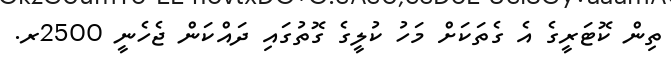
ތިން ކޮޓަރީގެ އެ ގެތަކަށް މަހު ކުލީގެ ގޮތުގައި ދައްކަން ޖެހެނީ 2500ރ.